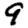
Digit: 9